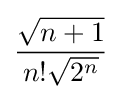
{\frac {\sqrt {n+1}}{n!{\sqrt {2^{n}}}}}